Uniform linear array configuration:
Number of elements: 32
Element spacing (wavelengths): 0.5
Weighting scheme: kaiser
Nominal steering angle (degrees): -15
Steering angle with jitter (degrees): -13.512
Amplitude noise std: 0.05
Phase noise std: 0.05

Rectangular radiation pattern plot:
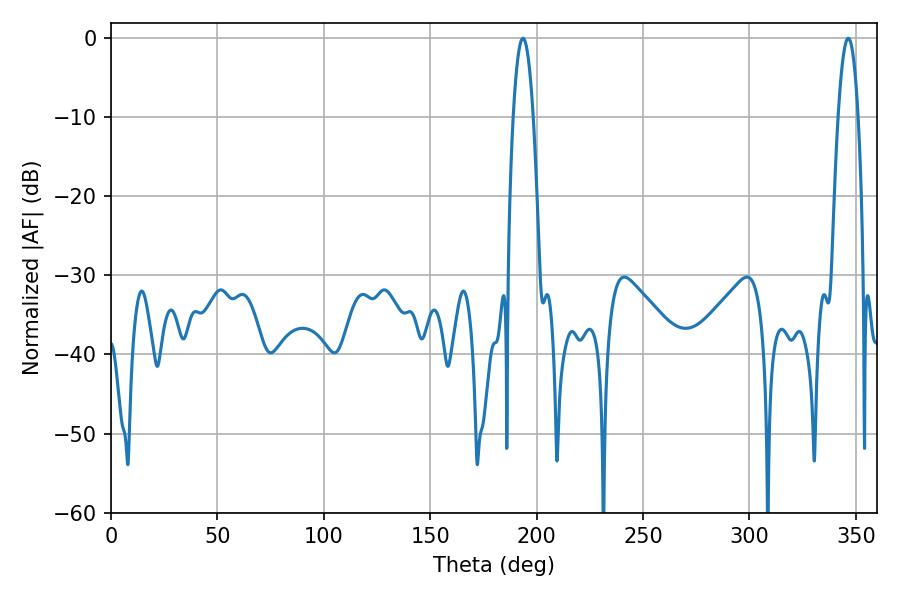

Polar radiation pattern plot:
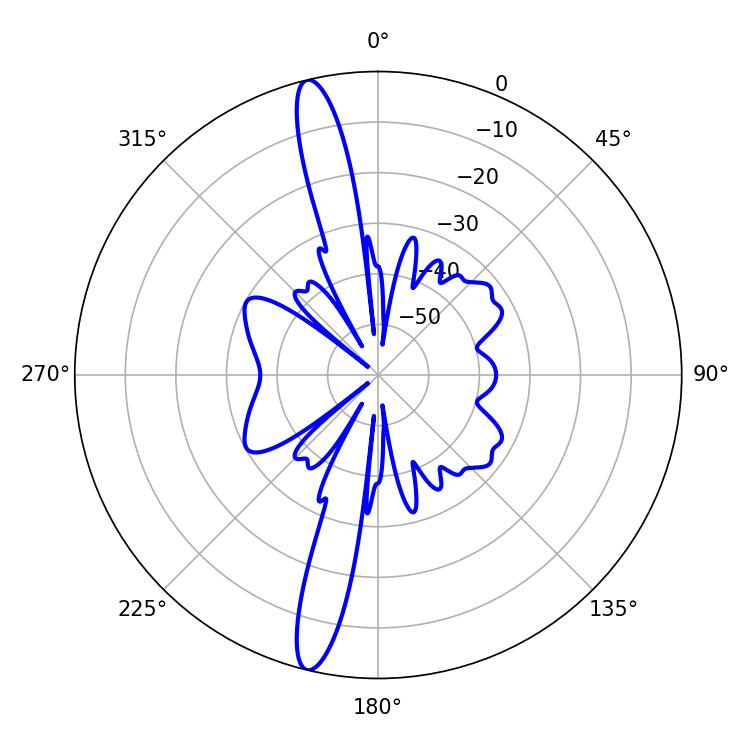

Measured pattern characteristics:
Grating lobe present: FALSE
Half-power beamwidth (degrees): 5.22
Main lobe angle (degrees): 193.5